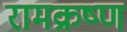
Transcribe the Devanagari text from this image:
रामक्रष्ण